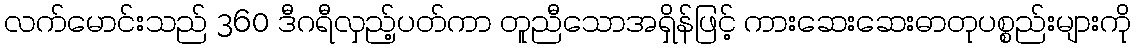
လက်မောင်းသည် 360 ဒီဂရီလှည့်ပတ်ကာ တူညီသောအရှိန်ဖြင့် ကားဆေးဆေးဓာတုပစ္စည်းများကို